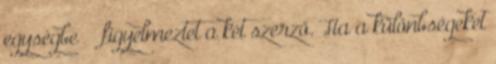
egységbe” – figyelmeztet a két szerző. Ha a különbségeket